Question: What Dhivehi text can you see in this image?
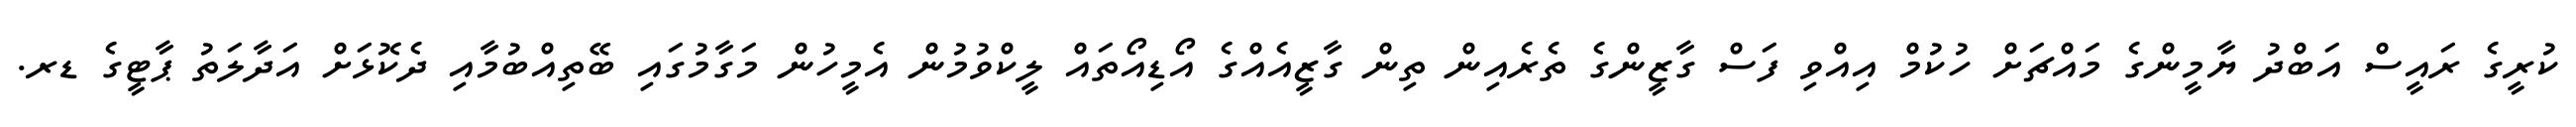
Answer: ކުރީގެ ރައީސް އަބްދު ޔާމީންގެ މައްޗަށް ހުކުމް އިއްވި ފަސް ގާޒީންގެ ތެރެއިން ތިން ގާޒީއެއްގެ އޯޑިއޯތައް ލީކްވުމުން އެމީހުން މަގާމުގައި ބޭތިއްބުމާއި ދެކޮޅަށް އަދާލަތު ޕާޓީގެ ޑރ.